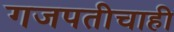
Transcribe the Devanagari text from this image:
गजपतीचाही